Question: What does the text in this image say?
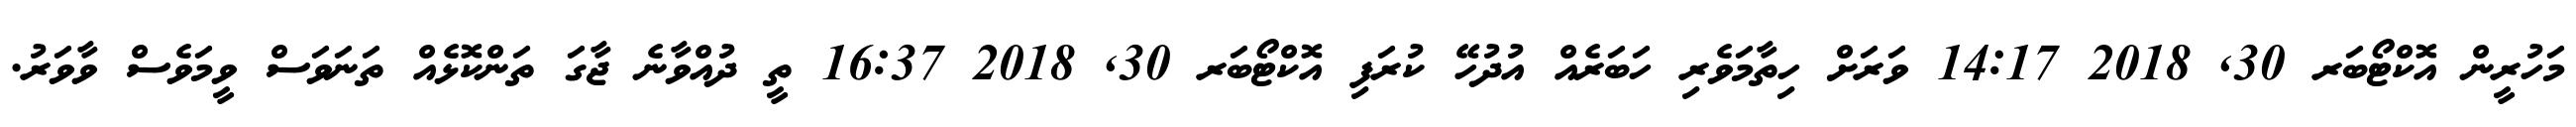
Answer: މަހުރީން އޮކްޓޯބަރ 30, 2018 14:17 ވަރަށް ހިތާމަވެރި ހަބަރެއް އުދުހޭ ކުރަފި އޮކްޓޯބަރ 30, 2018 16:37 ތީ ދުއްވާނެ ޖާގަ ތަންކޮޅެއް ތަނަވަސް ވީމަވެސް ވާވަރު.